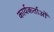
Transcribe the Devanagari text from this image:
कार्यकर्ताओँ